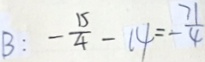
B : - \frac { 1 5 } { 4 } - 1 4 = - \frac { 7 1 } { 4 }